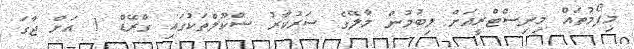
މިފޯމުތައް މިނިސްޓްރީއަށް ލިބުމުން މާލޭގެ ސަރުކާރު ސްކޫލްތަކުގައި ގްރޭޑް 1 އަށް ޖާގަ